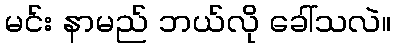
မင်း နာမည် ဘယ်လို ခေါ်သလဲ။